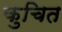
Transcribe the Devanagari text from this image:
कुचित